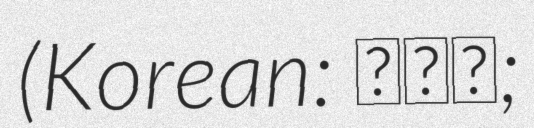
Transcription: (Korean: 조성모;